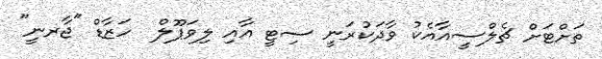
ތަށްޓަށް ޗެލްސީއާއެކު ވާދަކުރަނީ ސިޓީ އާއި ލިވަޕޫލް  ހަޒާޑް "ޖާރނީ"